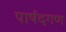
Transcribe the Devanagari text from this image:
पार्षदगण